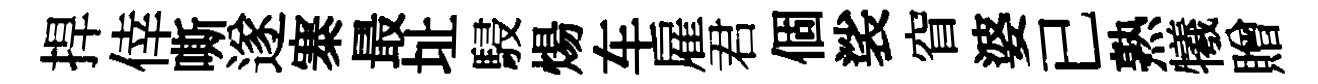
捍倖嘶遂寨最址駸煬车雇君個裟窅婆已熟犧贈